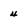
Character: 4